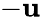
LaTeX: -\mathbf{u}